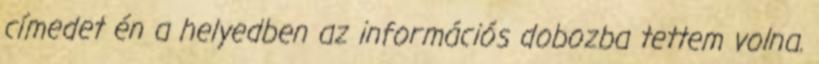
címedet én a helyedben az információs dobozba tettem volna.